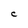
Character: C